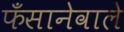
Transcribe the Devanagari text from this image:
फँसानेवाले